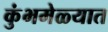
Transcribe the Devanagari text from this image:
कुंभमेळ्यात